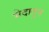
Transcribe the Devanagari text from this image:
भेदातून